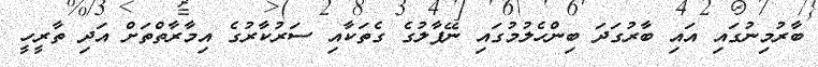
ބާރުމިނުގައި އައި ބާރުގަދަ ބިންހެލުމުގައި ނޭޕާލުގެ ގެތަކާއި ސަރުކާރުގެ އިމާރާތްތަށް އަދި ތާރީހީ